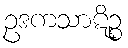
ဥဒကသာဋိဉ္စ